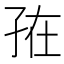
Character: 𭓁